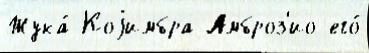
Жука́ Коjимбра Амброз'ио его́